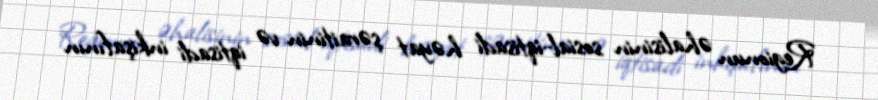
Regionun əhalisinin sosial-iqtisadi həyat şəraitinin və iqtisadi inkişafının